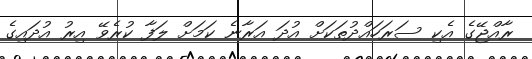
ރާއްޖޭގެ އެކި ސަރަހައްދުތަކަށް އުދަ އަރާނެ ކަމަށް ލަފާ ކުރެވޭ އިރު އުދައިގެ